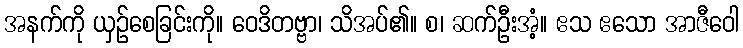
အနက်ကို ယှဉ်စေခြင်းကို။ ဝေဒိတဗ္ဗာ၊ သိအပ်၏။ စ၊ ဆက်ဦးအံ့။ ဧသ ဧသော အာဇီဝေါ